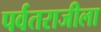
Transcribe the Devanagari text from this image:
पर्वतराजीला